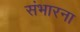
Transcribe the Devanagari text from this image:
संभारना